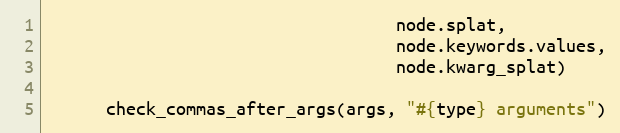
Language: Ruby
                                   node.splat,
                                   node.keywords.values,
                                   node.kwarg_splat)

      check_commas_after_args(args, "#{type} arguments")